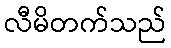
လီမိတက်သည်